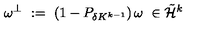
\omega ^ { \perp } \ : = \ \left( 1 - P _ { \delta K ^ { k - 1 } } \right) \omega \ \in \tilde { { \mathcal H } } ^ { k }